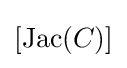
[\operatorname {Jac} (C)]